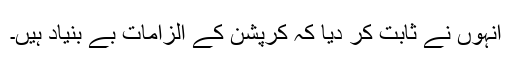
انہوں نے ثابت کر دیا کہ کرپشن کے الزامات بے بنیاد ہیں۔